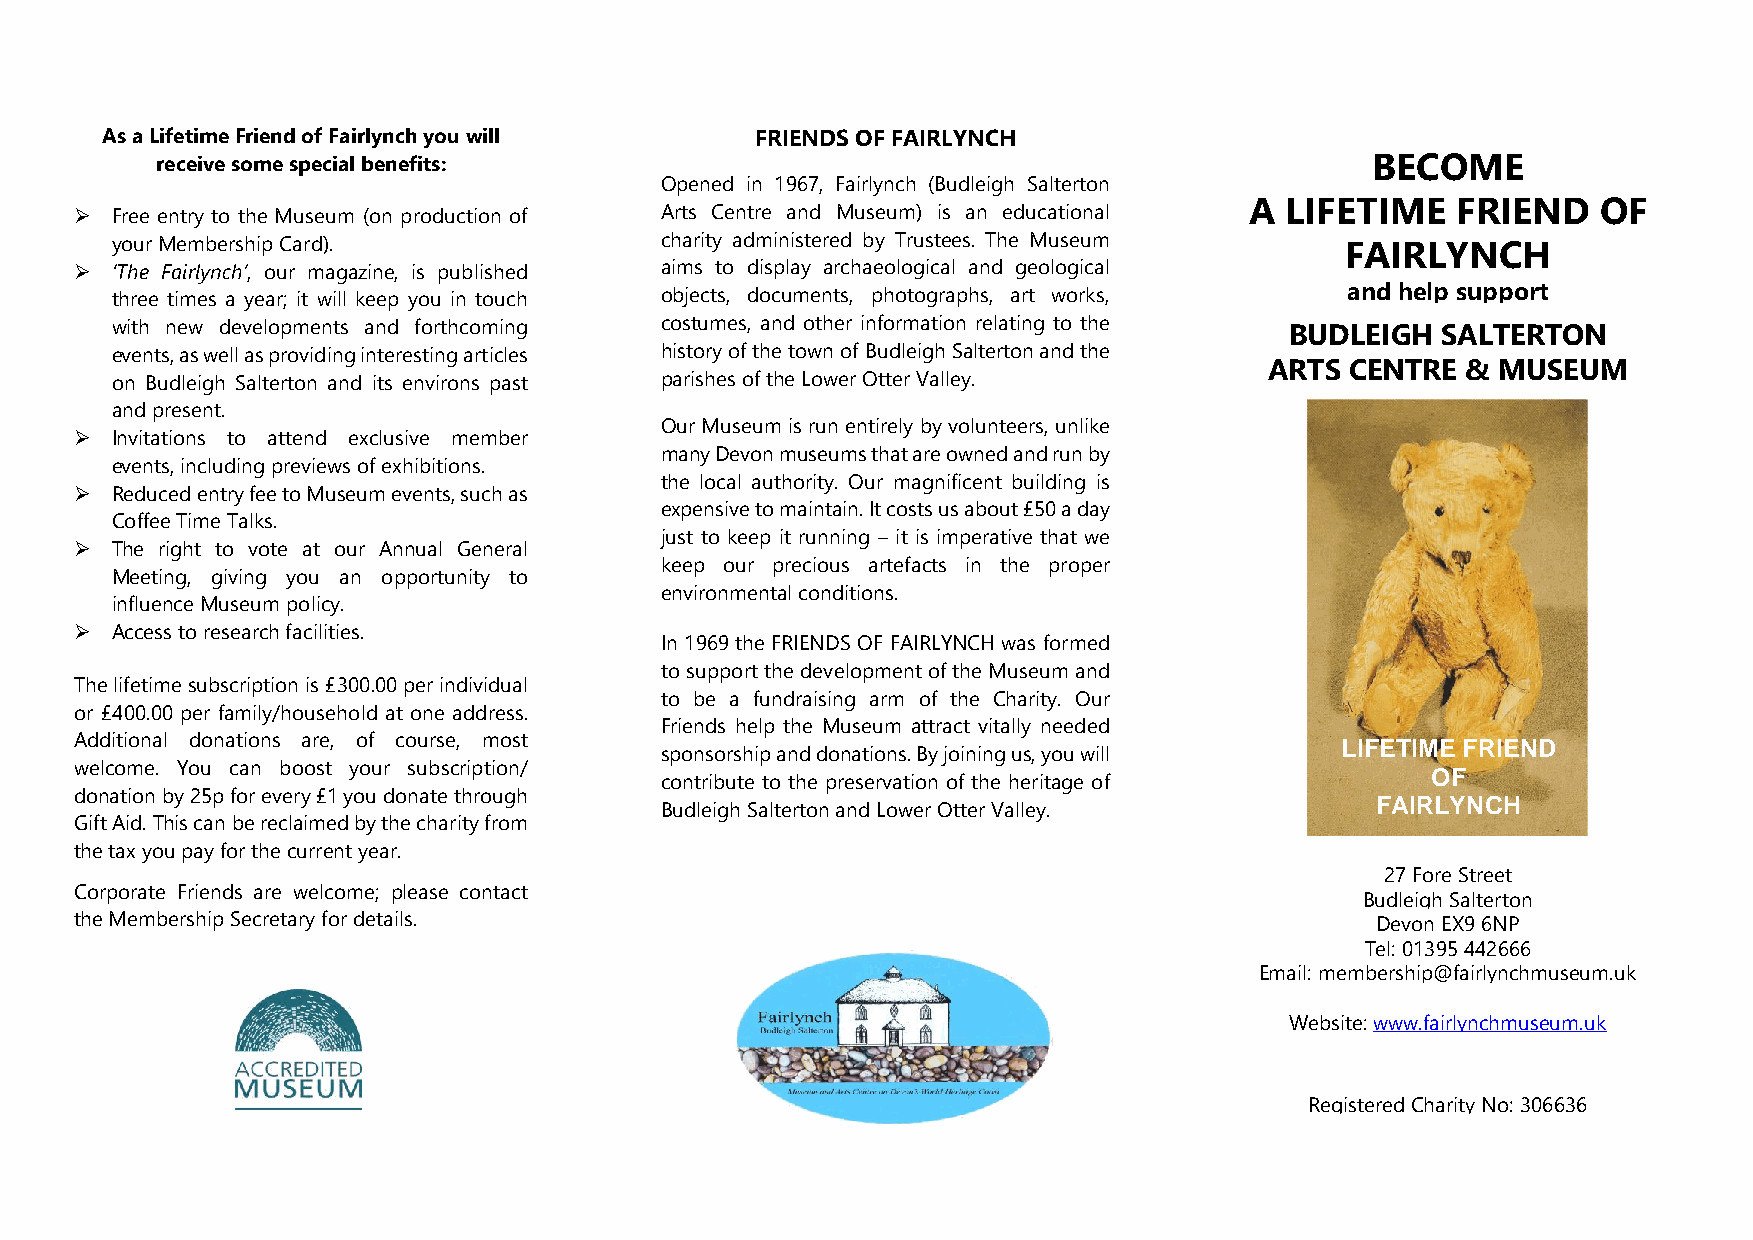
As a Lifetime Friend of Fairlynch you will FRIENDS OF FAIRLYNCH
 receive some special benefits:                                                   BECOME
 Opened in 1967, Fairlynch (Budleigh Salterton
 A LIFETIME   FRIEND    OF
 ➢ Free entry to the Museum (on production of Arts Centre and Museum) is an educational
 your Membership Card).               charity administered by Trustees. The Museum FAIRLYNCH
 ➢ ‘The Fairlynch’, our magazine, is published aims to display archaeological and geological
 three times a year; it will keep you in touch objects, documents, photographs, art works, and help support
 with new developments and forthcoming costumes, and other information relating to the BUDLEIGH SALTERTON
 events, as well as providing interesting articles history of the town of Budleigh Salterton and the
 ARTS CENTRE  & MUSEUM
 on Budleigh Salterton and its environs past parishes of the Lower Otter Valley.
 and present.
 Our Museum is run entirely by volunteers, unlike
 ➢ Invitations to attend exclusive member
 many Devon museums that are owned and run by
 events, including previews of exhibitions.
 the local authority. Our magnificent building is
 ➢ Reduced entry fee to Museum events, such as
 expensive to maintain. It costs us about £50 a day
 Coffee Time Talks.
 ➢ The right to vote at our Annual General
 just to keep it running – it is imperative that we
 keep our precious artefacts in the proper
 Meeting, giving you an opportunity to
 environmental conditions.
 influence Museum policy.
 ➢ Access to research facilities.
 In 1969 the FRIENDS OF FAIRLYNCH was formed
 to support the development of the Museum and
 The lifetime subscription is £300.00 per individual
 to be a fundraising arm of the Charity. Our
 or £400.00 per family/household at one address.
 Friends help the Museum attract vitally needed
 Additional donations are, of course, most
 sponsorship and donations. By joining us, you will
 LIFETIME FRIEND
 welcome. You can boost your subscription/
 OF
 contribute to the preservation of the heritage of
 donation by 25p for every £1 you donate through
 Budleigh Salterton and Lower Otter Valley.     FAIRLYNCH
 Gift Aid. This can be reclaimed by the charity from
 the tax you pay for the current year.
 27 Fore Street
 Corporate Friends are welcome; please contact
 Budleigh Salterton
 the Membership Secretary for details.                                                 Devon EX9 6NP
 Tel: 01395 442666
 Email: membership@fairlynchmuseum.uk
 Website: www.fairlynchmuseum.uk
 Registered Charity No: 306636